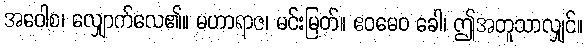
အဝေါစ၊ လျှောက်လေ၏။ မဟာရာဇ၊ မင်းမြတ်။ ဧဝမေဝ ခေါ၊ ဤအတူသာလျှင်။